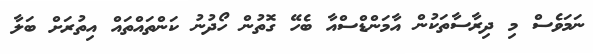
ނަމަވެސް މި ދިރާސާތަކުން އާމަންޑްސްއާ ބެހޭ ގޮތުން ހޯދުނު ކަންތައްތައް އިތުރަށް ބަލާ